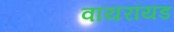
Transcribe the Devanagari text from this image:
वायरॉयड